Source: Handwritten
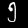
Digit: ၅ (5)